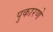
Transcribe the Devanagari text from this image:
पुकारणे